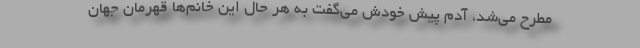
مطرح می‌شد، آدم پیش خودش می‌گفت به هر حال این خانم‌ها قهرمان جهان